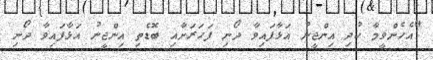
"އެހެންވީމާ ކުދި އިންޖީނު އަޅާފައިވާ ދޯނި ފަހަރަށާއި ބޮޑެތި އިންޖީނު އަޅާފައިވާ ދޯނި